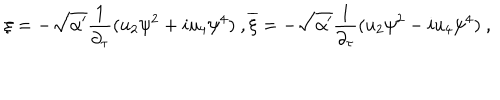
\xi = - \sqrt { \alpha ^ { \prime } } \frac { 1 } { \partial _ { \tau } } ( u _ { 2 } \psi ^ { 2 } + i u _ { 4 } \psi ^ { 4 } ) \ , \overline { { { \xi } } } = - \sqrt { \alpha ^ { \prime } } \frac { 1 } { \partial _ { \tau } } ( u _ { 2 } \psi ^ { 2 } - i u _ { 4 } \psi ^ { 4 } ) \ ,